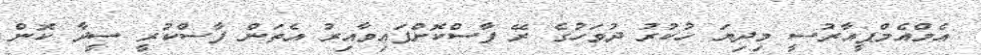
އެމްއެމްޕީއާރުސީ މިދިޔަ ހުކުރު ދުވަހުގެ ރޭ ފާސްކޮށްފައިވާއިރު އެތަން ފާސްކުރީ ސީދާ ކޮން